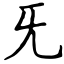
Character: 旡